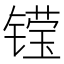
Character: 𮸝